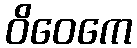
ဝိဝေကေ